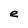
Character: e